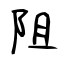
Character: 阻